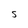
Character: S